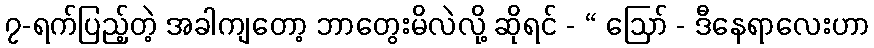
၇-ရက်ပြည့်တဲ့ အခါကျတော့ ဘာတွေးမိလဲလို့ ဆိုရင် - “ ဩော် - ဒီနေရာလေးဟာ